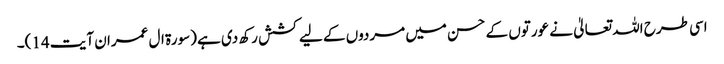
اسی طرح اللہ تعالیٰ نے عورتوں کے حسن میں مردوں کے لیے کشش رکھ دی ہے (سورۃ ال عمران آیت 14)۔